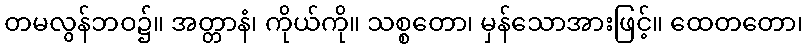
တမလွန်ဘဝ၌။ အတ္တာနံ၊ ကိုယ်ကို။ သစ္စတော၊ မှန်သောအားဖြင့်။ ထေတတော၊